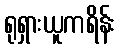
ရုရှားယူကရိန်း